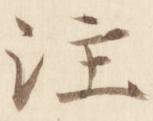
注